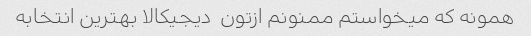
همونه که میخواستم ممنونم ازتون  دیجیکالا بهترین انتخابه